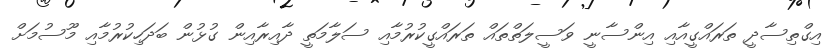
އިގްތިސާދީ ތަރައްގީއާއި އިންސާނީ ވަސީލަތްތައް ތަރައްގީކުރުމާއި ސަލާމަތީ ދާއިރާއިން ގުޅުން ބަދަހިކުރުމާއި މޫސުމަށް